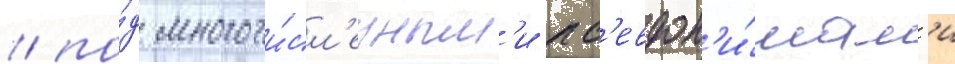
/ по́д многочи́сл'енным'и пс'евдон'и́мам'и